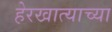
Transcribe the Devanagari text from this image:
हेरखात्याच्या